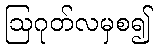
ဩဂုတ်လမှစ၍